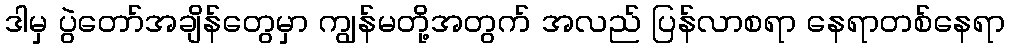
ဒါမှ ပွဲတော်အချိန်တွေမှာ ကျွန်မတို့အတွက် အလည် ပြန်လာစရာ နေရာတစ်နေရာ